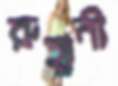
রুহানী